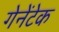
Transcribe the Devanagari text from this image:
गेनेंटेक